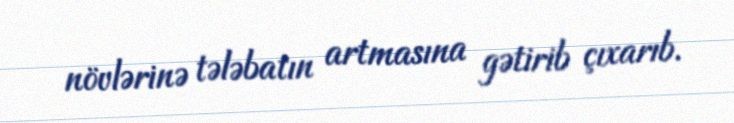
növlərinə tələbatın artmasına gətirib çıxarıb.